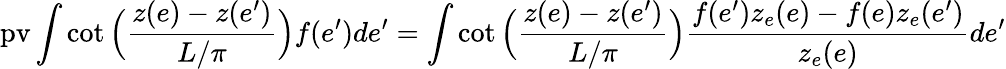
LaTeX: \mathrm{pv}\int\cot\Big(\frac{z(e)-z(e^{\prime})}{L/\pi}\Big)f(e^{\prime})de^{\prime}=\int\cot\Big(\frac{z(e)-z(e^{\prime})}{L/\pi}\Big)\frac{f(e^{\prime})z_{e}(e)-f(e)z_{e}(e^{\prime})}{z_{e}(e)}de^{\prime}